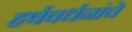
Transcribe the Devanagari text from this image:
हर्षवर्धनांचे